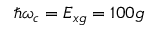
\hbar \omega _ { c } = E _ { x g } = 1 0 0 g